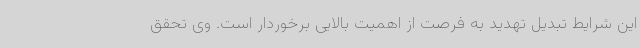
این شرایط تبدیل تهدید به فرصت از اهمیت بالایی برخوردار است. وی تحقق